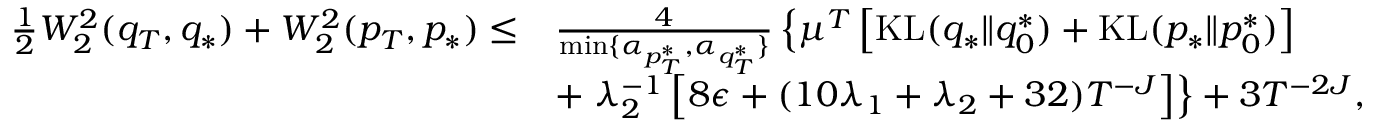
\begin{array} { r l } { \frac { 1 } { 2 } W _ { 2 } ^ { 2 } ( q _ { T } , q _ { * } ) + W _ { 2 } ^ { 2 } ( p _ { T } , p _ { * } ) \leq } & { \frac { 4 } { \operatorname* { m i n } \{ \alpha _ { p _ { T } ^ { * } } , \alpha _ { q _ { T } ^ { * } } \} } \left\{ \mu ^ { T } \left[ \mathrm { K L } ( q _ { * } \| q _ { 0 } ^ { * } ) + \mathrm { K L } ( p _ { * } \| p _ { 0 } ^ { * } ) \right] \right. } \\ & { + \left. \lambda _ { 2 } ^ { - 1 } \left[ 8 \epsilon + ( 1 0 \lambda _ { 1 } + \lambda _ { 2 } + 3 2 ) T ^ { - J } \right] \right\} + 3 T ^ { - 2 J } , } \end{array}